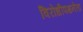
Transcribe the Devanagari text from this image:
विरोधीपक्षनेता